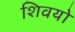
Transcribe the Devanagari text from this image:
शिवयो